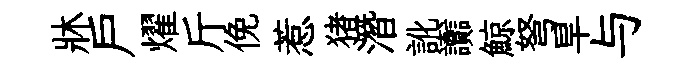
牀戶燿斤俛惹猪潛訛讟鯨弩旱与